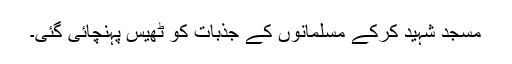
مسجد شہید کرکے مسلمانوں کے جذبات کو ٹھیس پہنچائی گئی۔